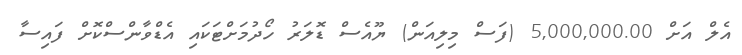
އެލް އަށް 5